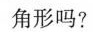
角形吗?